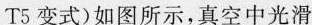
T5变式)如图所示，真空中光滑